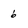
Character: 6